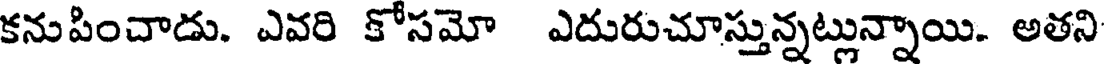
కనుపించాడు. ఎవరి కోసమో ఎదురుచూస్తున్నట్లున్నాయి. అతని